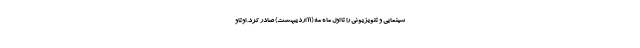
سینمایی و تلویزیونی را تا اول ماه مه (۱۱ اردیبهشت) صادر کرد. اوتاو